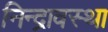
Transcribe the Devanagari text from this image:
निन्द्रावस्था